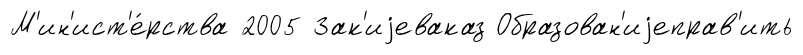
М'ин'ист'е́рства 2005 Зак'иjеваказ Образован'иjеправ'ить